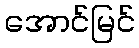
အောင်မြင်